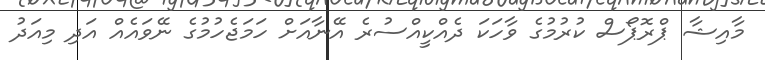
މާއިޝާ ޕްރޮޕޯސް ކުރުމުގެ ވާހަކަ ދެއްކީއްސުރެ އޭނާއަށް ހަމަޖެހުމުގެ ނޭވައެއް އަދި މިއަދު